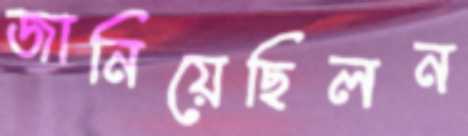
জানিয়েছিলন